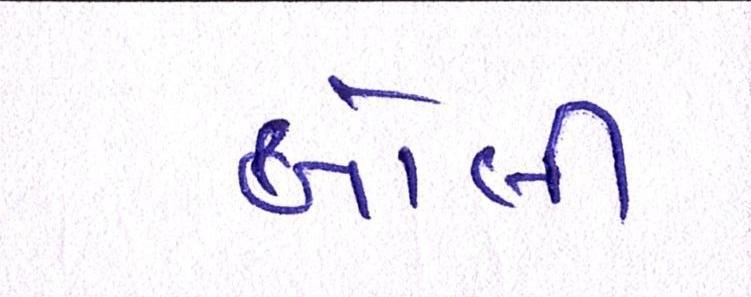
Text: બોલી